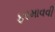
ફરમાવવી